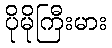
ပိုမိုကြီးမား